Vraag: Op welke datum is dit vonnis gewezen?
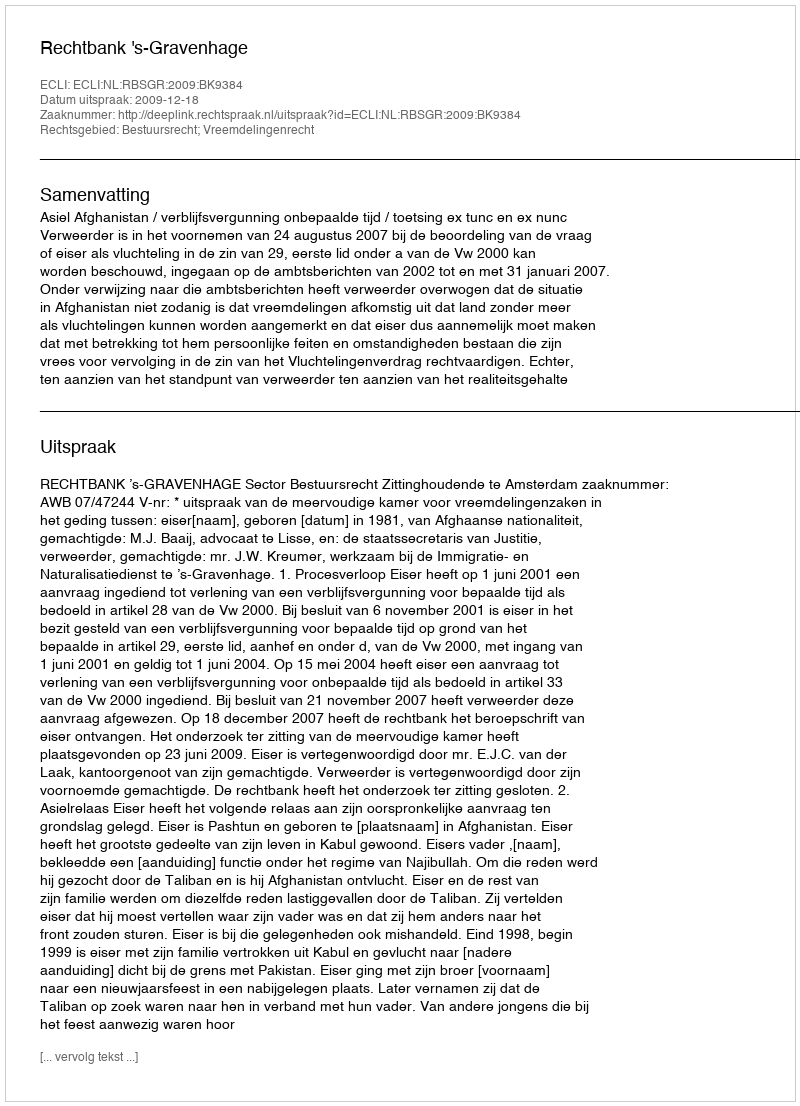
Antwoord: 2009-12-18